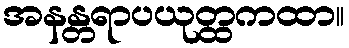
အနန္တရာပယုတ္ထကထာ။